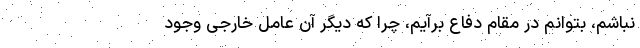
نباشم، بتوانم در مقام دفاع برآیم، چرا که دیگر آن عامل خارجی وجود